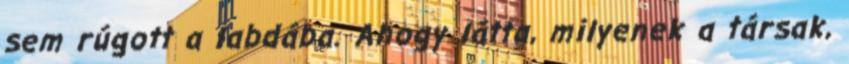
sem rúgott a labdába. Ahogy látta, milyenek a társak,